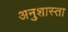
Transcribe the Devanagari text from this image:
अनुशास्ता